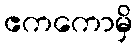
ဧကကောမှိ